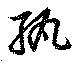
紇